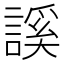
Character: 謑